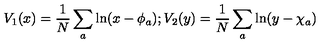
V _ { 1 } ( x ) = \frac { 1 } { N } \sum _ { a } \ln ( x - \phi _ { a } ) ; V _ { 2 } ( y ) = \frac { 1 } { N } \sum _ { a } \ln ( y - \chi _ { a } )